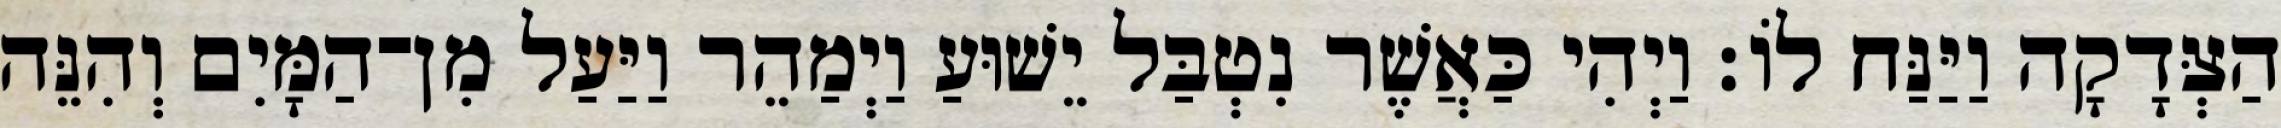
הַצְּדָקָה וַיַּנַּח לוֹ׃ וַיְהִי כַּאֲשֶׁר נִטְבַּל יֵשׁוּעַ וַיְמַהֵר וַיַּעַל מִן־הַמָּיִם וְהִנֵּה